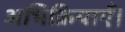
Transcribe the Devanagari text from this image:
अभिक्रियाएँ।